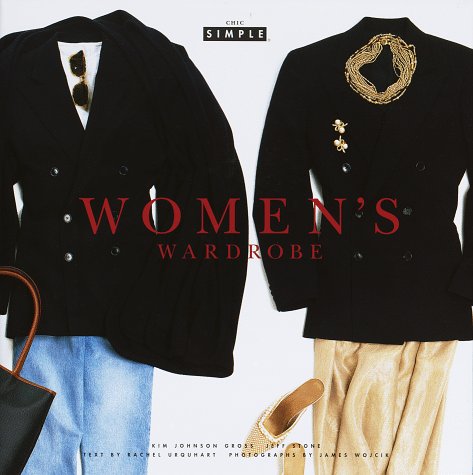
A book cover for Women's Wardrobe (Chic Simple); Kim Johnson Gross; Business & Money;